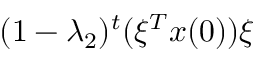
( 1 - \lambda _ { 2 } ) ^ { t } ( \xi ^ { T } x ( 0 ) ) \xi